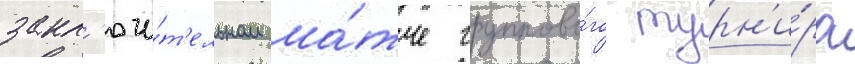
закл'ючи́т'ельном ма́тче группово́го турн'и́ра